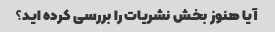
آیا هنوز بخش نشریات را بررسی کرده اید؟